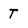
Character: T